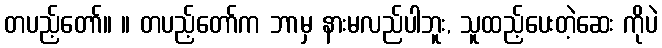
တပည့်တော်။ ။ တပည့်တော်က ဘာမှ နားမလည်ပါဘူး, သူထည့်ပေးတဲ့ဆေး ကိုပဲ